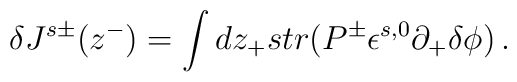
\delta J^{s\pm} (z^- ) =\int dz_+ str (P^\pm \epsilon^{s,0} \partial_+\delta\phi )\,.